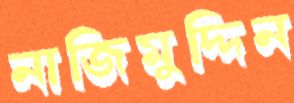
নাজিমুদ্দিন